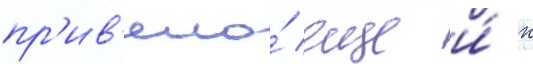
пр'ив'ело́ еще и́ к